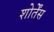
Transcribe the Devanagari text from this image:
शोर्तेंस